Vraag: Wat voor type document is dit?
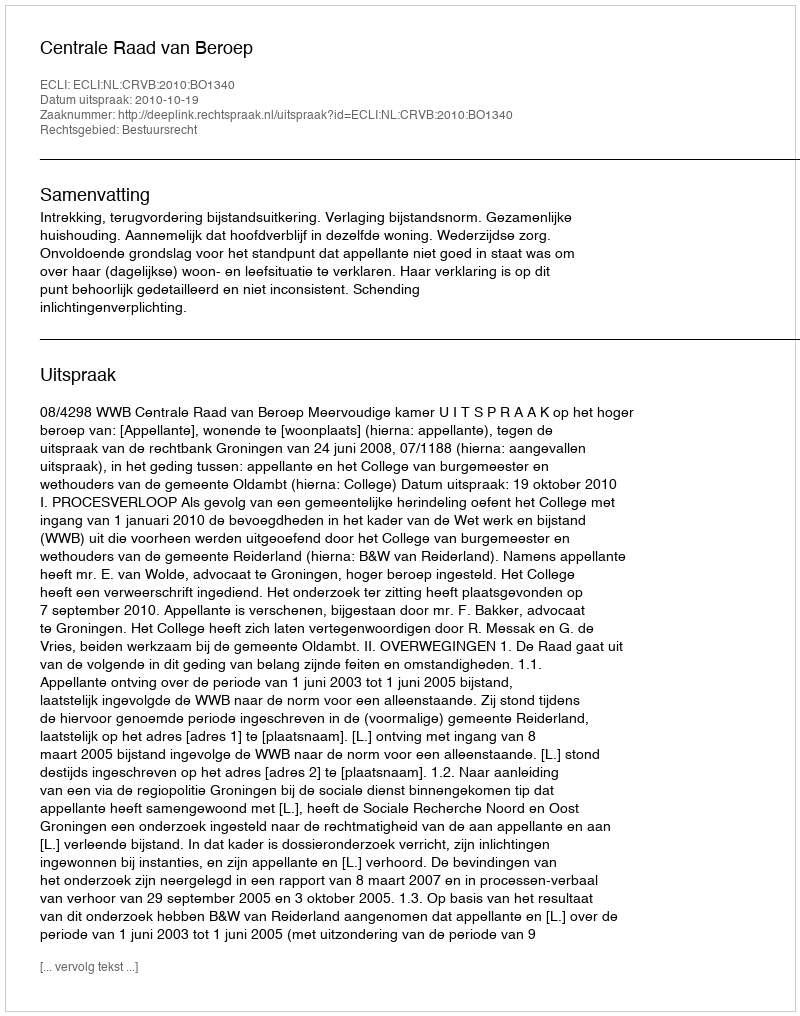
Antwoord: Uitspraak